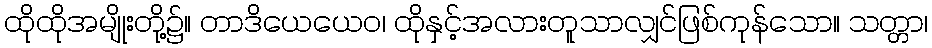
ထိုထိုအမျိုးတို့၌။ တာဒိယေယေဝ၊ ထိုနှင့်အလားတူသာလျှင်ဖြစ်ကုန်သော။ သတ္တာ၊